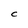
Character: c